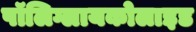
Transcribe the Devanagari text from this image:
पॉलिग्लायकोलाइड